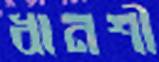
ধানশী